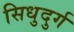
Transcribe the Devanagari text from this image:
सिधुदुर्ग